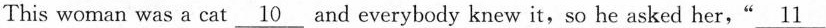
This woman was a cat \underline10 and everybody knew it, so he asked her,"\underline 11